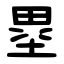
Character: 塁